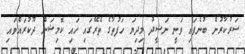
ސަރުކާރުން ބުނެފައި ވަނީ ނަޝީދު މިދިޔަ ހަފުތާގެ ތެރޭގައި ހައި ކޮމިޝަން ދޫކުރައްވައި